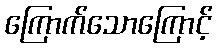
ကြောက်သောကြောင့်